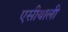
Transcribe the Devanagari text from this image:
एसीयाली